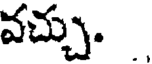
వచ్చు.